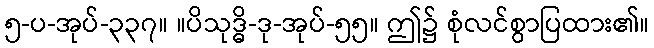
၅-ပ-အုပ်-၃၃၇။ ။ပိသုဒ္ဓိ-ဒု-အုပ်-၅၅။ ဤ၌ စုံလင်စွာပြထား၏။